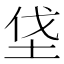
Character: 垡